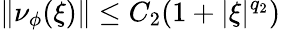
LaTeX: \| \nu_{\phi}(\xi)\| \le C_{2}(1+|\xi|^{q_{2}})